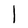
Character: I